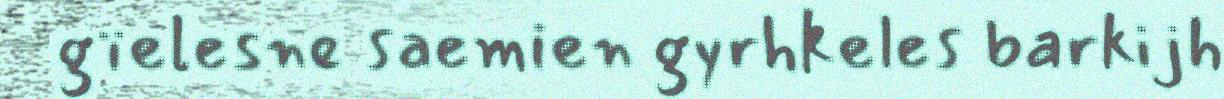
gïelesne saemien gyrhkeles barkijh